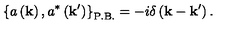
\left\{ a \left( { \bf k } \right) , a ^ { \ast } \left( { \bf k ^ { \prime } } \right) \right\} _ { \mathrm { P . B . } } = - i \delta \left( { \bf k } - { \bf k ^ { \prime } } \right) .